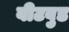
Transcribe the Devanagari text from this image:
वीटवुड